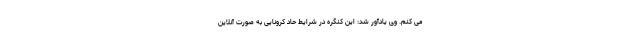
می کنم. وی یادآور شد: این کنگره در شرایط حاد کرونایی به صورت آنلاین